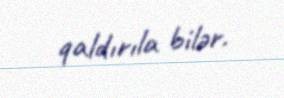
qaldırıla bilər.